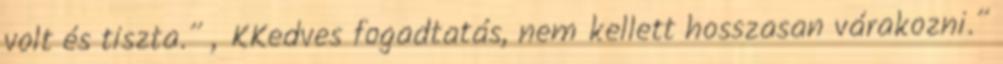
volt és tiszta.” „KKedves fogadtatás, nem kellett hosszasan várakozni.”